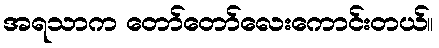
အရသာက တော်တော်လေးကောင်းတယ်။